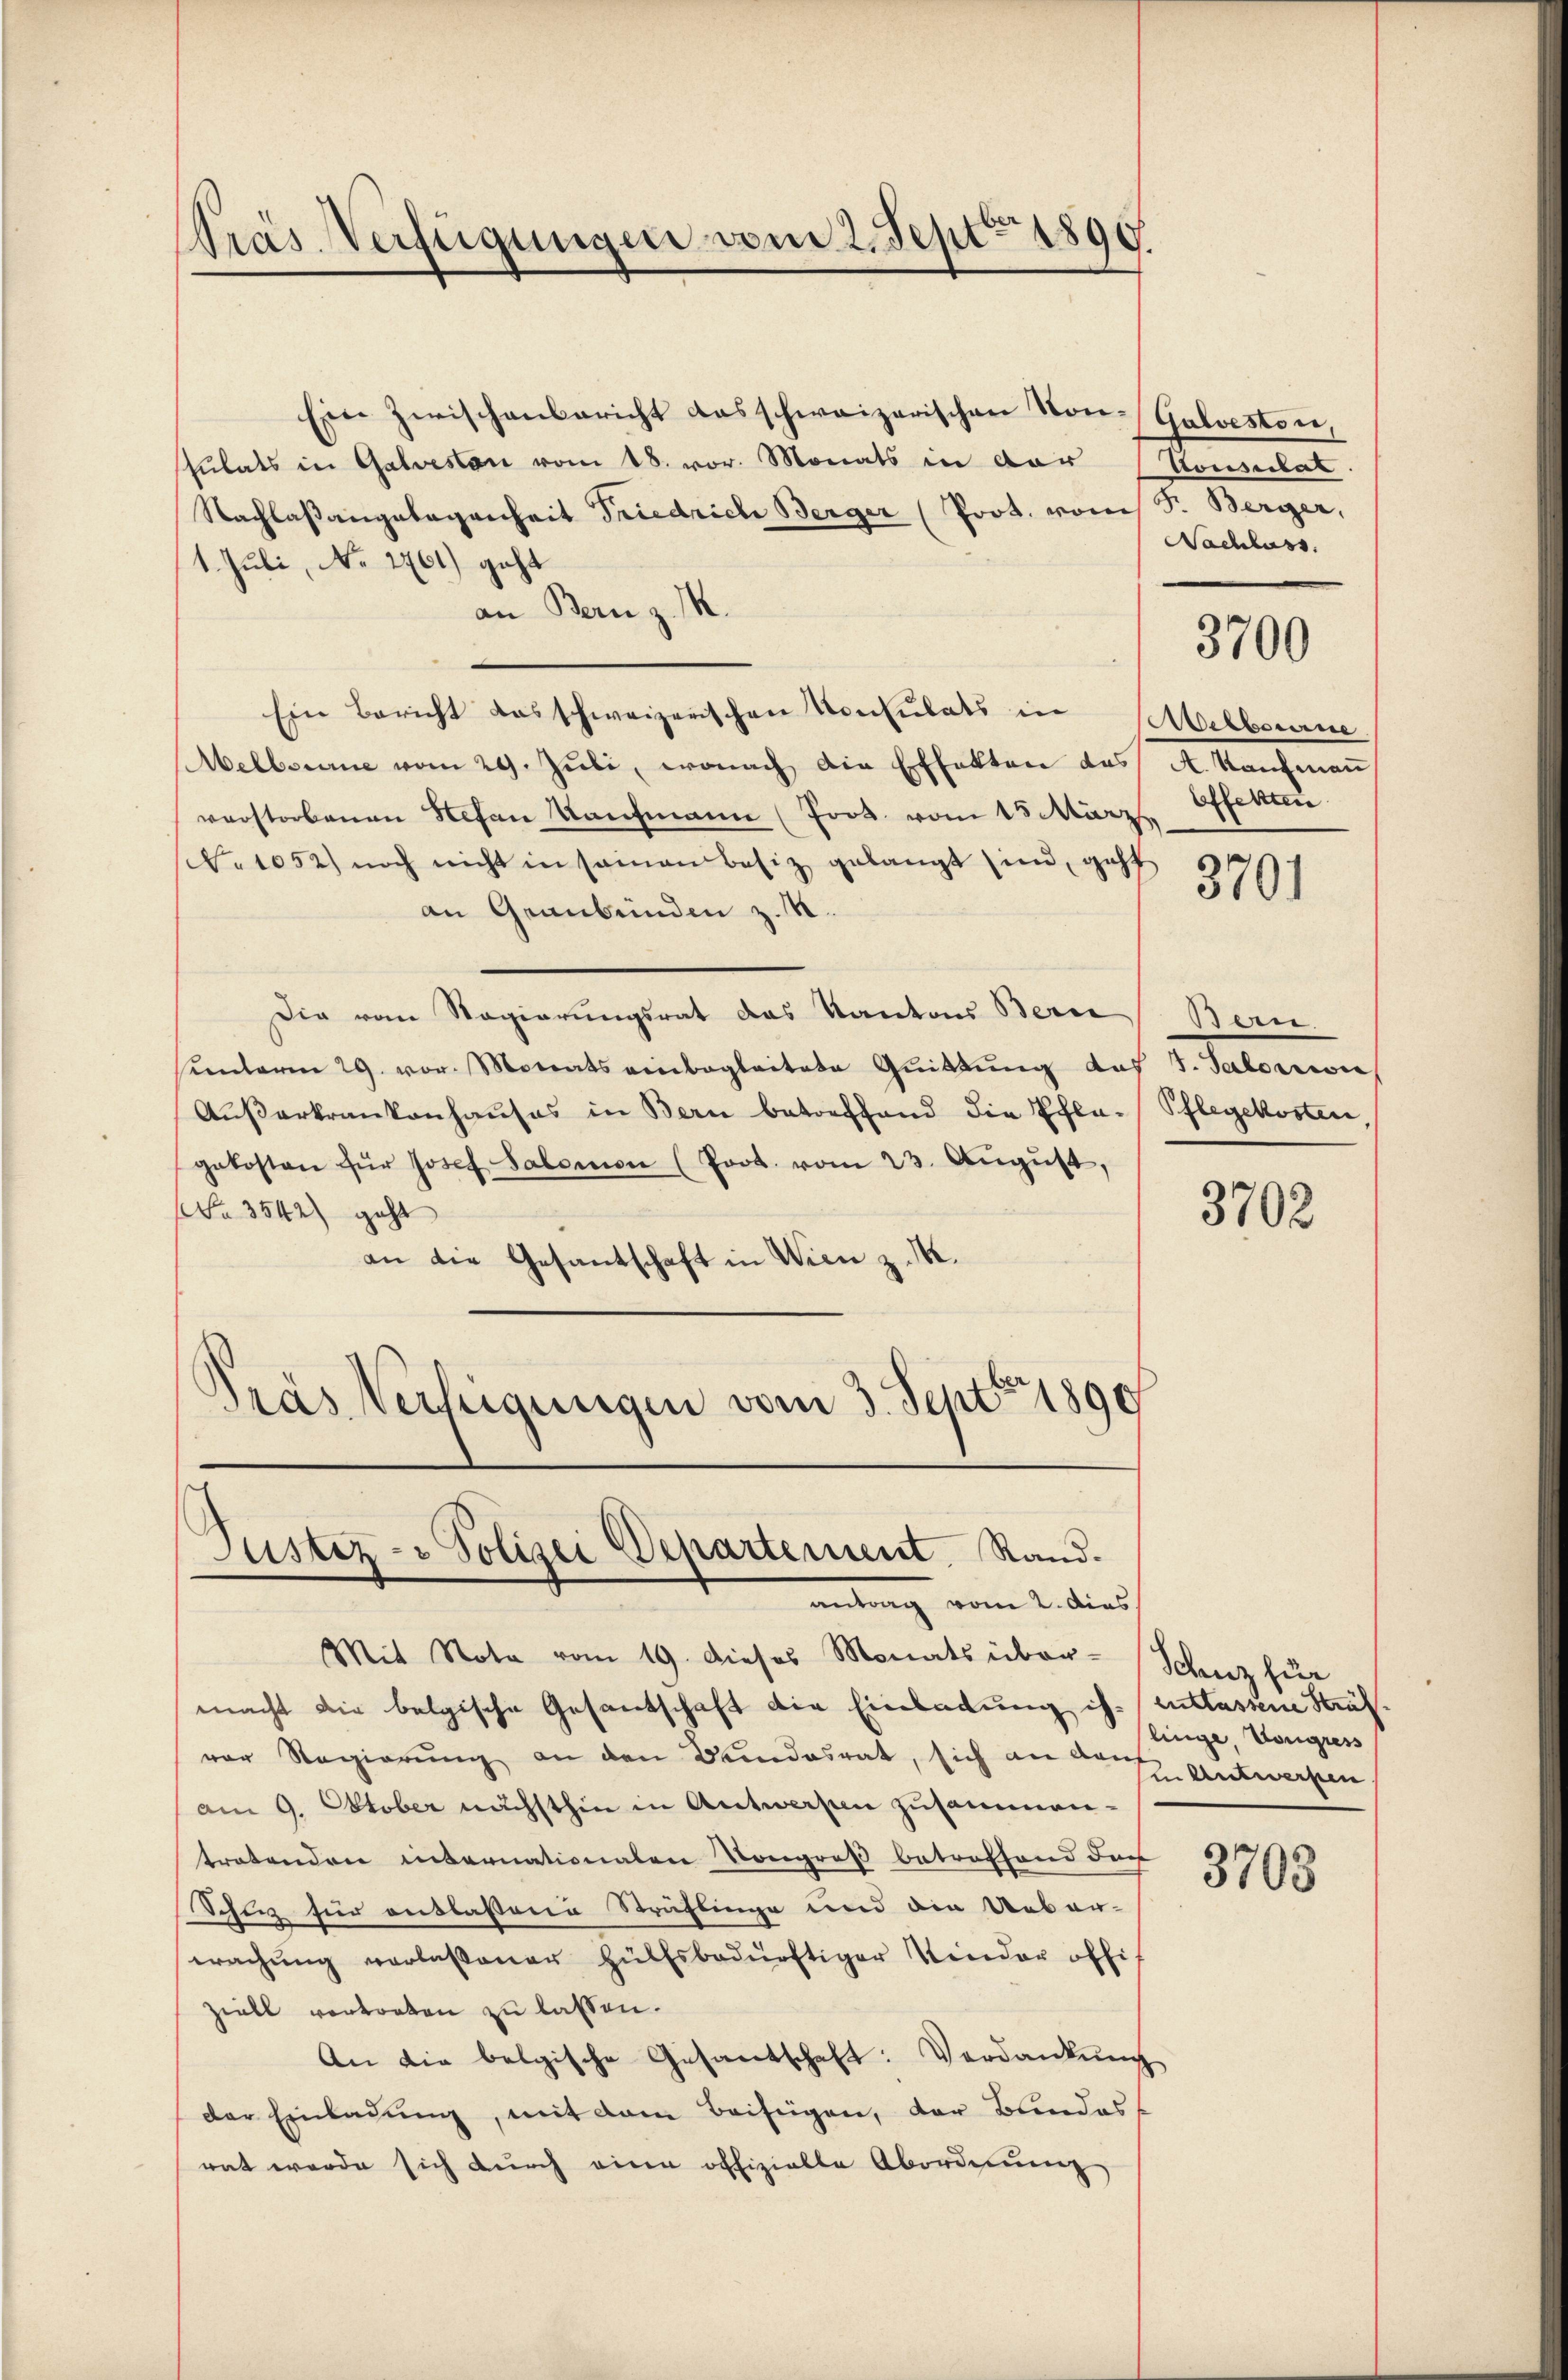
Ein zwischenbericht das schweizerischen Von-Galveston,
stulats in Galvesten vom 18. vor. Monats in dar
Nachlaßangelegenheit Friedrich Berger (Prot. vom S. Berger,
1. Juli, No. 2761) geht
an Bern z. M.
Ein Bericht das schweizerischen Konsulats in Melbourne
Melbaume vom 29. Jŭli, wonach die Effekten das A. Kaŭfmaṅ
verstorbenen Stefan Kaufmann (Joot. vom 15 März Offetten.
No 1052) noch nicht in seinen besiz gelangt sind, geht
an Graubünden z. R.
Die vom Regierungsrat das Kantons Berne Bern.
sunterm 29. vor. Monats einbegleitete Quittung des J. Saloarwie
Aŭβerkrankenhaŭses in Bern betreffend die Pfla-Pflegekosten,
gekosten für Josef Salomon (Prot. vom 23. August,
No 3542) geht
an die Gesantschaft in Wien z. M.
Präs. Verfeigungen vom 3. Sept 1890

Prás-Verfügungen vom 2. Sept. 1890.

Justiz- & Polizei Departement. Rand.
etrag vom 2. dies

Mit Nota vom 19. dieses Monats über-Schuz für
macht die belgische Gesantschaft die Einladung ihvor Regierung an den Bundesrat, sich an der Antworfen
am 9. Oktober nächsthin in Antwerpen zusammen-
tratenden internationalen Kongreß betreffend der
Schinz für auslassene Sträflinge und die Ueber-
wachŭng verlassener Hülfsbedürftiger inder offi
ziell vortorten zu lassen.
An die belgische Gesantschaft: Verdankŭng
der Einladung, mit dem Beifügen, der Blindess
rat werde sich durch eine offizielle Abordnung

Pousclat.
Nachlass

3700

3701

3702

entlassene Stra
linge, Vongress

3703.